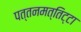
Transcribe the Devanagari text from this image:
पत्तनमत्तिट्टा